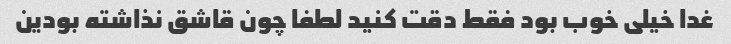
غدا خیلی خوب بود فقط دقت کنید لطفا چون قاشق نذاشته بودین